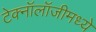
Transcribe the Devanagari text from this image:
टेक्‍नॉलॉजीमध्ये